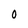
Character: 0